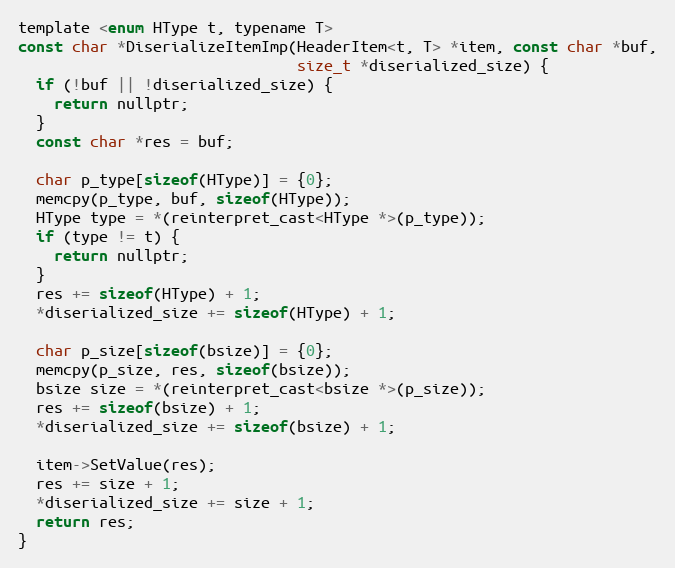
Language: C
template <enum HType t, typename T>
const char *DiserializeItemImp(HeaderItem<t, T> *item, const char *buf,
                               size_t *diserialized_size) {
  if (!buf || !diserialized_size) {
    return nullptr;
  }
  const char *res = buf;

  char p_type[sizeof(HType)] = {0};
  memcpy(p_type, buf, sizeof(HType));
  HType type = *(reinterpret_cast<HType *>(p_type));
  if (type != t) {
    return nullptr;
  }
  res += sizeof(HType) + 1;
  *diserialized_size += sizeof(HType) + 1;

  char p_size[sizeof(bsize)] = {0};
  memcpy(p_size, res, sizeof(bsize));
  bsize size = *(reinterpret_cast<bsize *>(p_size));
  res += sizeof(bsize) + 1;
  *diserialized_size += sizeof(bsize) + 1;

  item->SetValue(res);
  res += size + 1;
  *diserialized_size += size + 1;
  return res;
}